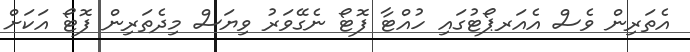
އެތަރިން ވެސް އެއަރޕޯޓުގައި ހުއްޓާ ފޮޓޯ ނެގޭވަރު ވިޔަސް މިދެތަރިން ފޮޓޯ އަކަށް